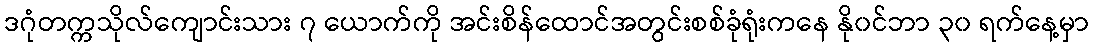
ဒဂုံတက္ကသိုလ်ကျောင်းသား ၇ ယောက်ကို အင်းစိန်ထောင်အတွင်းစစ်ခုံရုံးကနေ နို၀င်ဘာ ၃၀ ရက်နေ့မှာ